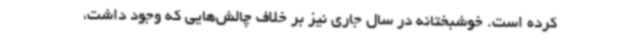
کرده است. خوشبختانه در سال جاری نیز بر خلاف چالش‌هایی که وجود داشت،